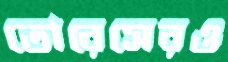
তোরেসেরও